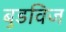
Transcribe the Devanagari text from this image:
बुडविज